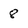
Character: 8